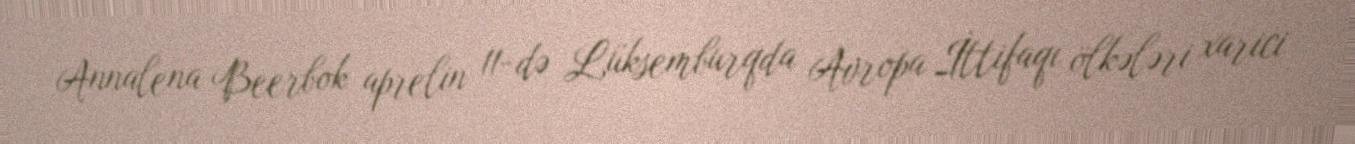
Annalena Beerbok aprelin 11-də Lüksemburqda Avropa İttifaqı ölkələri xarici